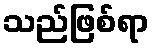
သည်ဖြစ်ရာ